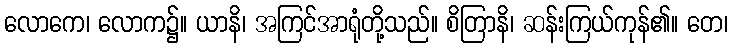
လောကေ၊ လောက၌။ ယာနိ၊ အကြင်အာရုံတို့သည်။ စိတြာနိ၊ ဆန်းကြယ်ကုန်၏။ တေ၊